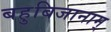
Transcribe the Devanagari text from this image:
बहुबिजानाम्